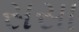
સસા